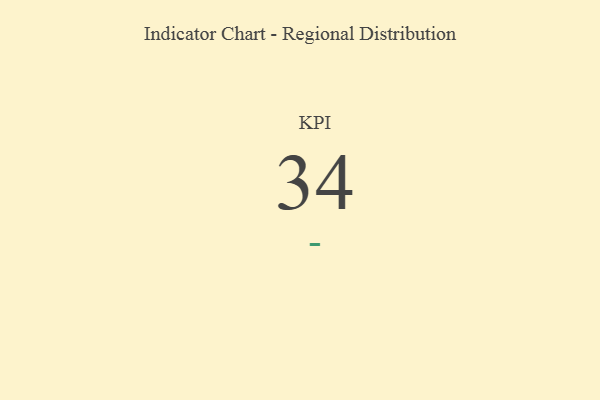
{"axis": {"x": "KPI", "y": "Value"}, "legend": [""], "data": [{"x": "KPI", "y": 34, "type": ""}]}